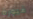
غيورة